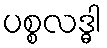
ပစ္စလဒ္ဓါ